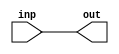
module BUF_BUILTIN (output out, input inp);
    assign out = inp;
endmodule

module AND2B (output O, input AN, input B);
    assign O = (~AN & B);
endmodule